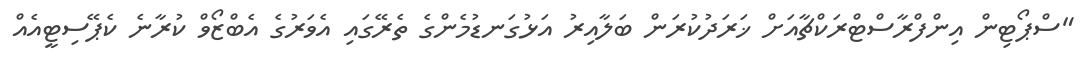
"ސްޕޯޓިން އިންފްރާސްޓްރަކްޗާއަށް ޚަރަދުކުރަން ބަލާއިރު އަޅުގަނޑުމެންގެ ތެރޭގައި އެވަރުގެ އެބްޒޯވް ކުރާނެ ކެޕޭސިޓީއެއް